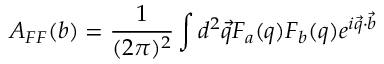
A _ { F F } ( b ) = { \frac { 1 } { ( 2 \pi ) ^ { 2 } } } \int d ^ { 2 } \vec { q } { \cal F } _ { a } ( q ) { \cal F } _ { b } ( q ) e ^ { i \vec { q } \cdot \vec { b } }